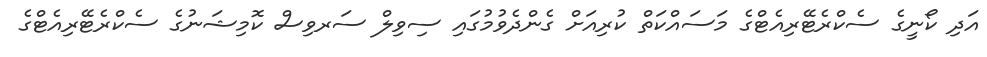
އަދި ކޯނީގެ ސެކްރެޓޭރިއެޓްގެ މަސައްކަތް ކުރިއަށް ގެންދެވުމުގައި ސިވިލް ސަރވިސް ކޮމިޝަނުގެ ސެކްރެޓޭރިއެޓްގެ